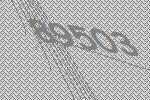
89503